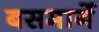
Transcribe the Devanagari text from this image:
बसमार्गे